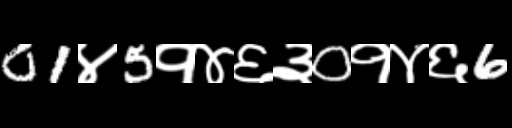
Text: 01४5१४६३0१४६6